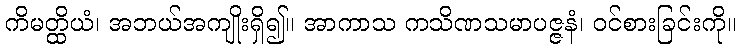
ကိမတ္ထိယံ၊ အဘယ်အကျိုးရှိ၍။ အာကာသ ကသိဏသမာပဇ္ဇနံ၊ ဝင်စားခြင်းကို။